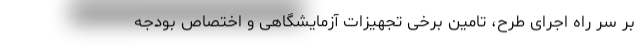
بر سر راه اجرای طرح، تامین برخی تجهیزات آزمایشگاهی و اختصاص بودجه